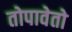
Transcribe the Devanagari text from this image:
तोपावेतो